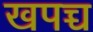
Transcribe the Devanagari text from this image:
खपच्च